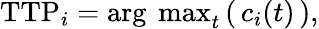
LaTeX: \textup{TTP}_{i}=\textup{arg\, max}_{t}\left(\, c_{i}(t)\, \right),